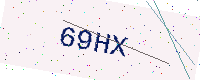
Text: 69HX